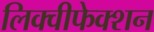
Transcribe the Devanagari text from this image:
लिक्वीफेक्शन